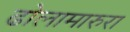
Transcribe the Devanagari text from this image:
ढोलामारुरा